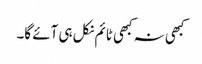
کبھی نہ کبھی ٹائم نکل ہی آئے گا۔